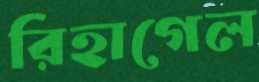
রিহাগেল